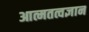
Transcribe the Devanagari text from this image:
आत्मतत्वज्ञान